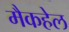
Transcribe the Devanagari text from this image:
मैकहेल